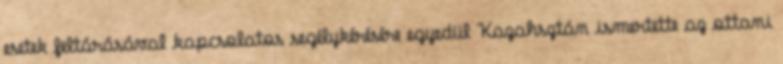
esetek feltárásával kapcsolatos segélykérésére egyedül Kazahsztán ismertette az ottani